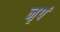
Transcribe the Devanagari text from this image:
नृपं